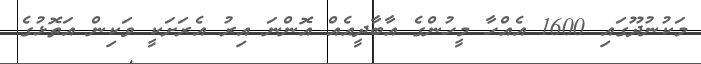
މަކުނުދޫގައި 1600 އެއްހާ މީހުންގެ އާބާދީއެއް އޮންނަ އިރު އެރަށަކީ ވަކިން އަތޮޅުގެ